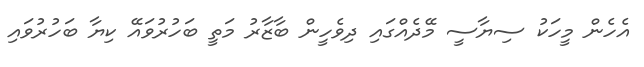
އެހެން މީހަކު ސިޔާސީ މޭދެއްގައި ދިވެހީން ބާޒާރު މަތީ ބަހުރުވައޭ ކިޔާ ބަހުރުވައި